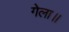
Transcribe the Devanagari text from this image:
गेला॥